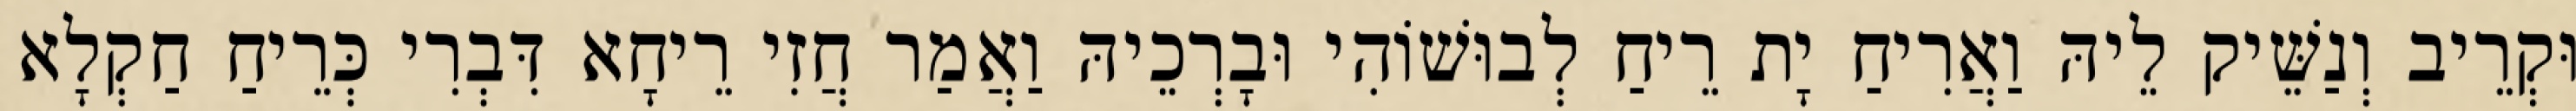
וּקְרֵיב וְנַשֵּׁיק לֵיהּ וַאֲרִיחַ יָת רֵיחַ לְבוּשׁוֹהִי וּבָרְכֵיהּ וַאֲמַר חֲזִי רֵיחָא דִּבְרִי כְּרֵיחַ חַקְלָא